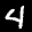
Label: 4